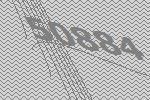
50884